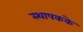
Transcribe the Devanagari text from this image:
स्थापकके